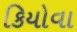
કિયોવા